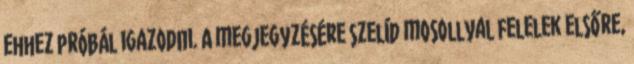
ehhez próbál igazodni. A megjegyzésére szelíd mosollyal felelek elsőre,